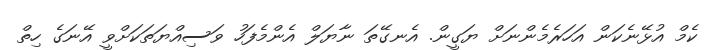
ކެމް އުޅޭނެކަން އަހަރެމެންނަށް ޔަގީން. އެނގޭތަ ނާޔަލް އެންމެފަހު ވަސިއްޔަތަކަށްވީ އޭނަގެ ހިތް